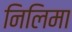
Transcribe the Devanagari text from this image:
निलिमा